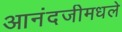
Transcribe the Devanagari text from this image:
आनंदजीमधले